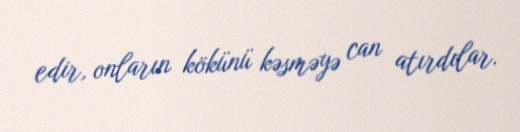
edir, onların kökünü kəsməyə can atırdılar.